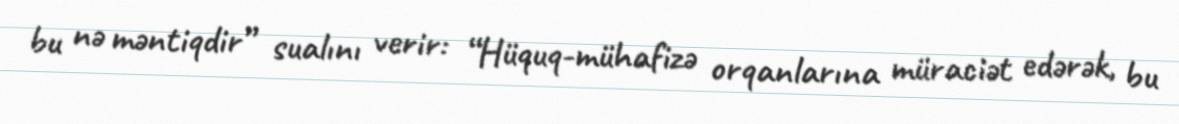
bu nə məntiqdir” sualını verir: “Hüquq-mühafizə orqanlarına müraciət edərək, bu